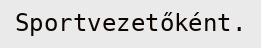
Sportvezetőként.